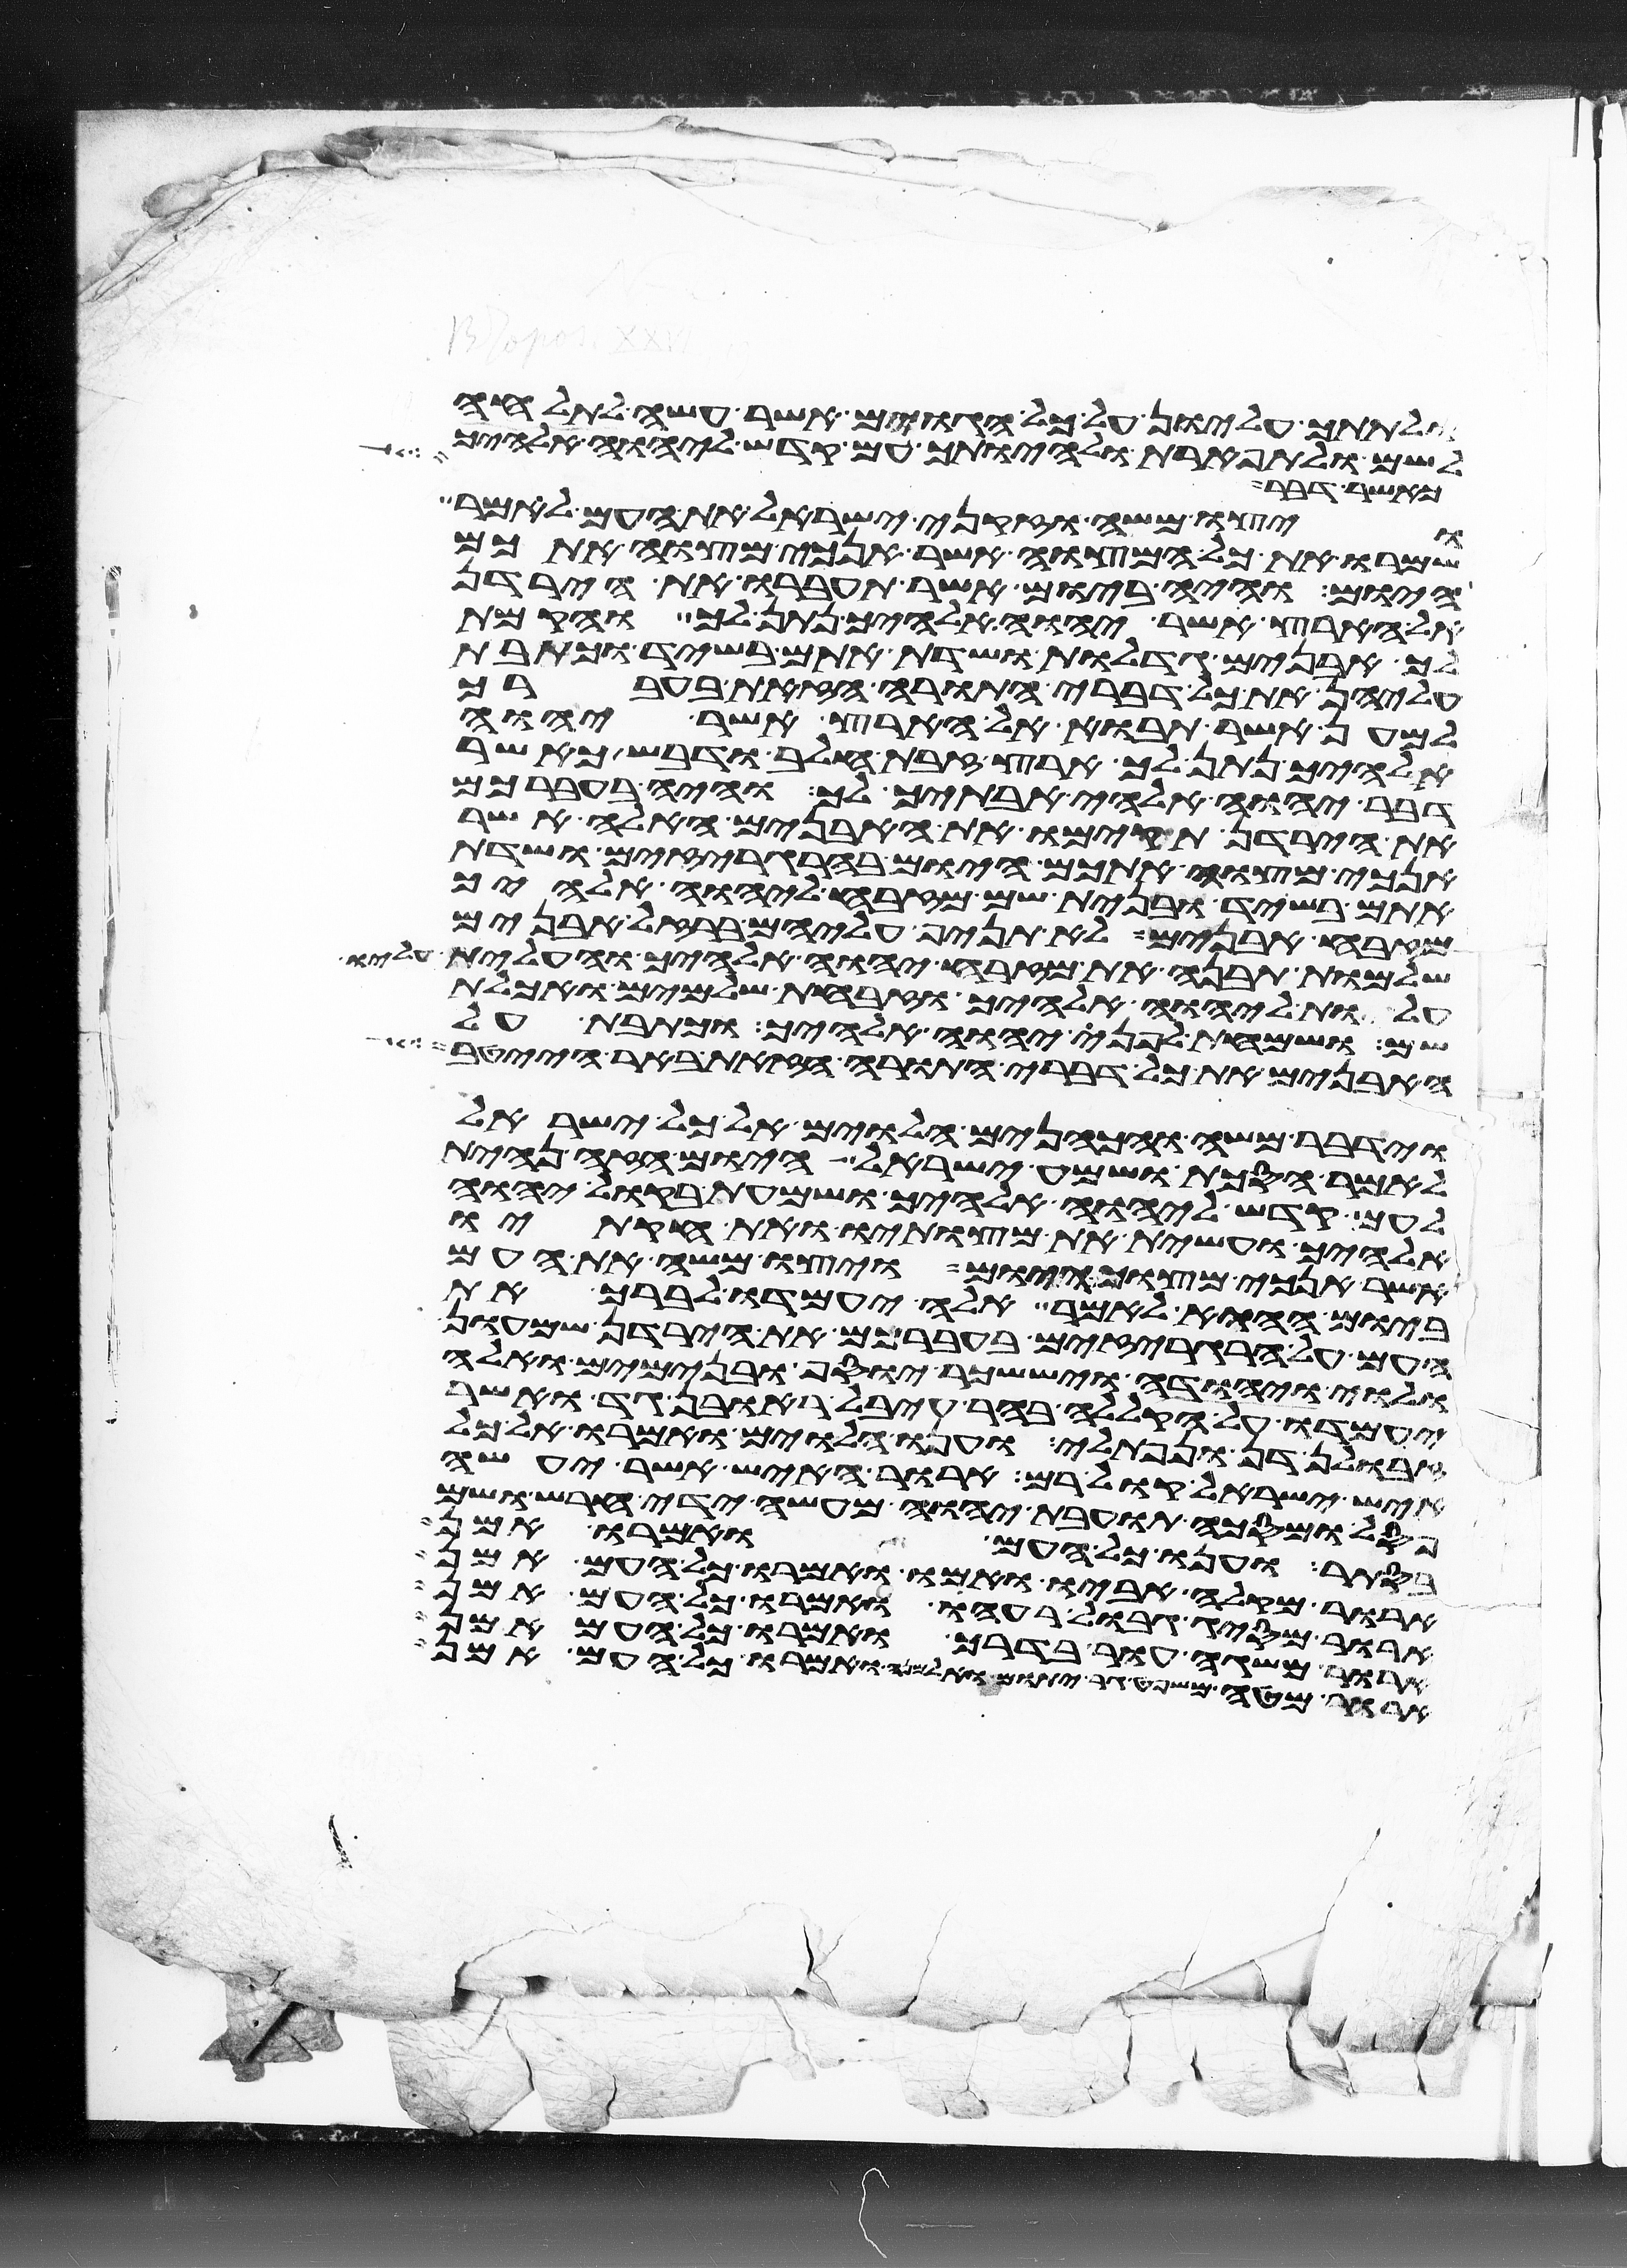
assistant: ולתתך עליון על כל הגוים אשר עשה לתהלה
לשם ולתפארת ולהיותך עם קדש ליהוה אלהיך
כאשר דבר לך
ויצו משה וזקני ישראל את העם לאמר
שמרו את כל המצוה אשר אנכי מצוה אתכם
היום והיה ביום אשר תעברו את הירדן
אל הארץ אשר יהוה אלהיך נתן לך והקמת
לך אבנים גדלות ושדת אתם בשיד וכתבת
עליהן את כל דברי התורה הזאת בעברך
למען אשר תבוא אל הארץ אשר יהוה
אלהיך נתן לך ארץ זבת חלב ודבש כאשר
דבר יהוה אלהי אבתיך לך והיה בעברכם
את הירדן תקימו את האבנים האלה אשר
אנכי מצוה אתכם היום בהרגריזים ושדת
אתם בשיד ובנית שם מזבח ליהוה אלהיך
מזבח אבנים לא תניף עליהם ברזל אבנים
שלמות תבנה את מזבח יהוה אלהיך והעלית עליו
עלות ליהוה אלהיך וזבחת שלמים ואכלת
שם ושמחת לפני יהוה אלהיך וכתבת על
האבנים את כל דברי התורה הזאת באר הייטב
וידבר משה והכהנים הלוים אל כל ישראל
לאמר הסכת ושמע ישראל היום הזה נהית
לעם קדש ליהוה אלהיך ושמעת בקול יהוה
אלהיך ועשית את מצותיו ואת חקתיו
אשר אנכי מצוך היום ויצו משה את העם
ביום ההוא לאמר אלה יעמדו לברך את
העם על הרגריזים בעברכם את הירדן שמעון
ולוי יהודה ויששכר יוסף ובנימים ואלה
יעמדו על הקללה בהר עיבל ראובן גד ואשר
זבולן דן ונפתלי וענו הלוים ואמרו אל כל
איש ישראל קול רם ארור האיש אשר יעשה
פסל ומסכה תועבת יהוה מעשה ידי חרש ושם
בסתר וענו כל העם ואמרו אמן
ארור מקלה אביו ואמו ואמרו כל העם אמן
ארור מסיג גבול רעהו ואמרו כל העם אמן
ארור משגה עור בדרך ואמרו כל העם אמן
ארור מטה משפט גר יתום ואלמנה ואמרו כל העם אמן